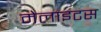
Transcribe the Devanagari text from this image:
मेलाइटस